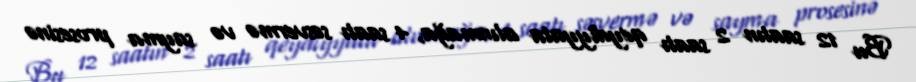
Bu 12 saatın 2 saatı qeydiyyata alınmağa, 4 saatı səsvermə və sayma prosesinə